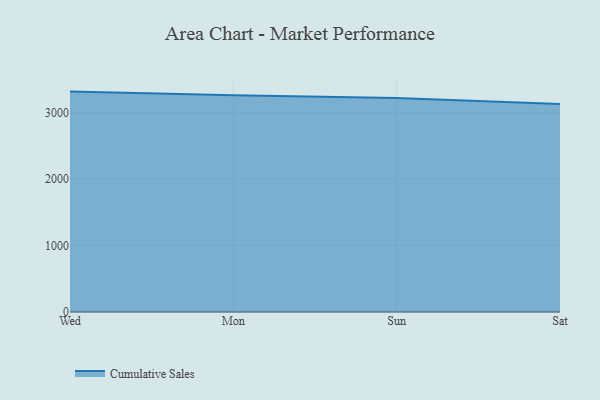
{"axis": {"x": "Day", "y": "Tickets Resolved"}, "legend": ["Cumulative Sales"], "data": [{"x": "Wed", "y": 3311.8, "type": "Cumulative Sales"}, {"x": "Mon", "y": 3257.4, "type": "Cumulative Sales"}, {"x": "Sun", "y": 3217.0, "type": "Cumulative Sales"}, {"x": "Sat", "y": 3126.5, "type": "Cumulative Sales"}]}